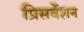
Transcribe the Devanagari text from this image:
प्रिसर्वेशन